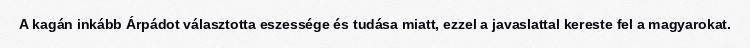
A kagán inkább Árpádot választotta eszessége és tudása miatt, ezzel a javaslattal kereste fel a magyarokat.